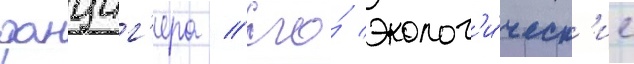
данциг'ера // Его́ эколог'и́ческ'ие